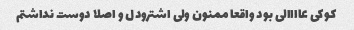
کوکی عاااالی بود واقعا ممنون ولی اشترودل و اصلا دوست نداشتم